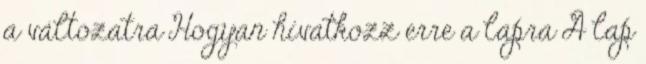
a változatra Hogyan hivatkozz erre a lapra A lap